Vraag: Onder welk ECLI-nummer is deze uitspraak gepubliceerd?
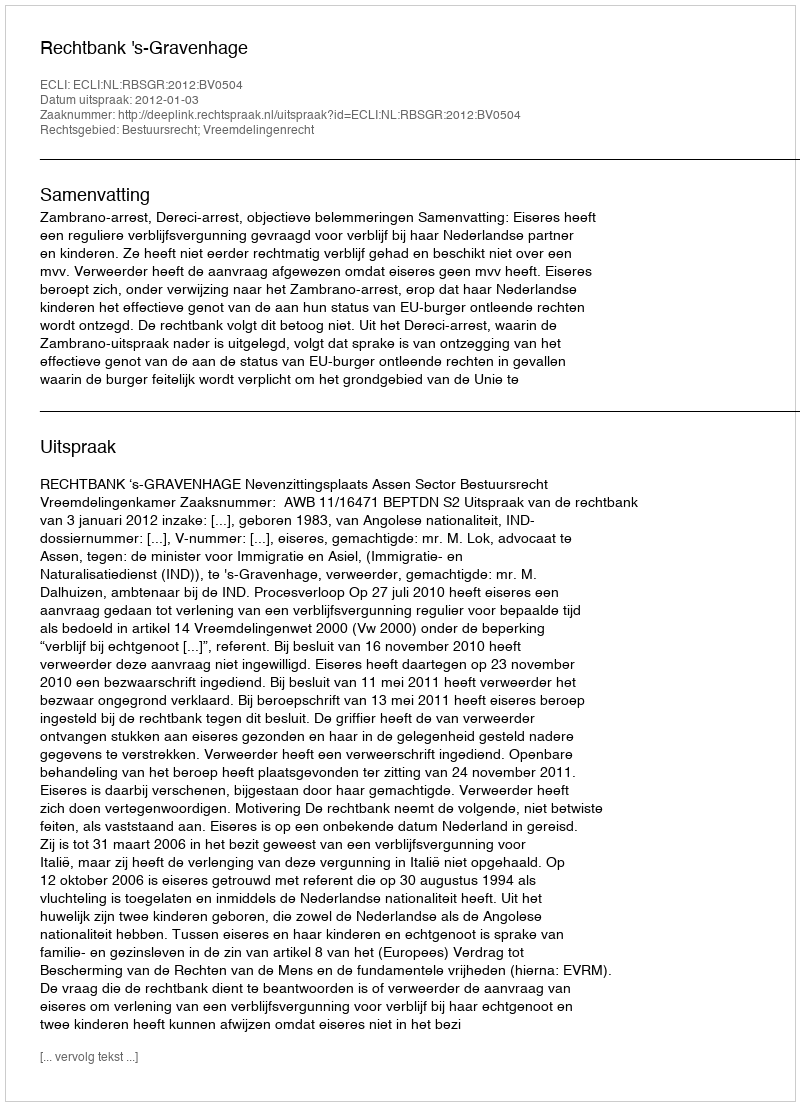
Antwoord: ECLI:NL:RBSGR:2012:BV0504